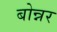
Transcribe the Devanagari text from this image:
बोन्नर